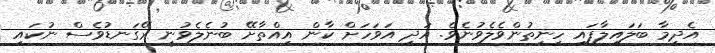
އެދިމާ ބަލައިލާފައި ހިނިތުންވެލެވުނެވެ. އަދި އަވަހަށް ކާން އިއްތާށޭ ބުނެލެވުނީ ރޭގަނޑުވެސް ނުކައި